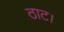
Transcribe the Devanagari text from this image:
ठाट।